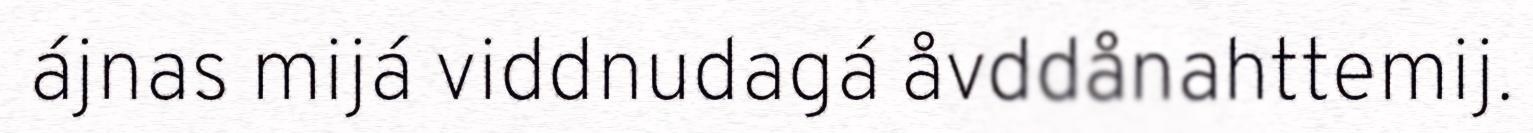
ájnas mijá viddnudagá åvddånahttemij.